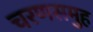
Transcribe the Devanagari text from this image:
चरणसमुह